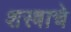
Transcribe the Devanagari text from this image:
शस्त्राचे